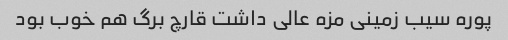
پوره سیب زمینی مزه عالی داشت قارچ برگ هم خوب بود